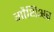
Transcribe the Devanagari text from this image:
गौथिअर